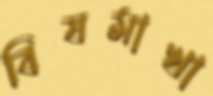
বিষমাখা